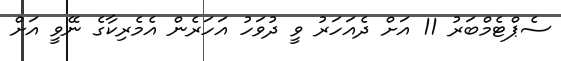
ސެޕްޓެމްބަރު 11 އަށް ދެއަހަރު ވީ ދުވަހު އަހަރެން އެމެރިކާގެ ނޭވީ އަށް